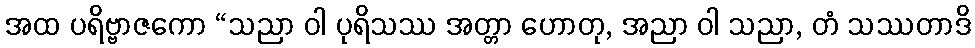
အထ ပရိဗ္ဗာဇကော “သညာ ဝါ ပုရိသဿ အတ္တာ ဟောတု, အညာ ဝါ သညာ, တံ သဿတာဒိ